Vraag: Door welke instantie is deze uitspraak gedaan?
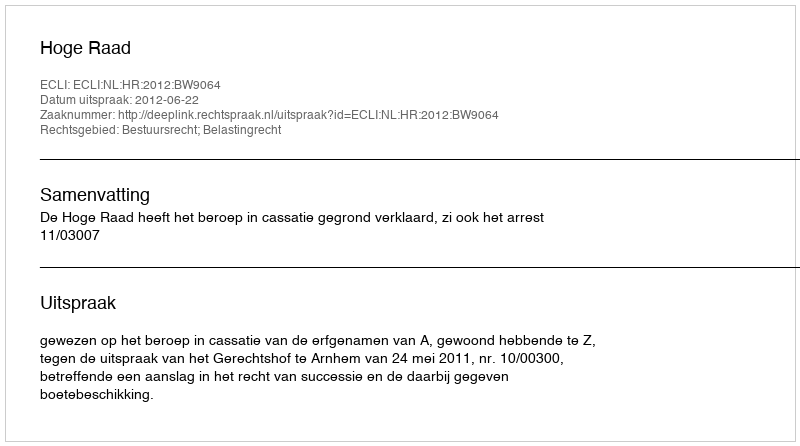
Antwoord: Hoge Raad